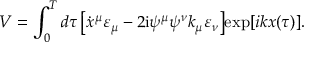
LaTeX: V = \int _ { 0 } ^ { T } d \tau \, \bigl [ \dot { x } ^ { \mu } \varepsilon _ { \mu } - 2 \mathrm { i } \psi ^ { \mu } \psi ^ { \nu } k _ { \mu } \varepsilon _ { \nu } \bigr ] \mathrm { e x p } [ i k x ( { \tau } ) ] .